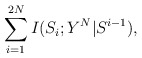
\begin{align*}\sum_{i=1}^{2N} I(S_i;Y^N|S^{i-1}),\end{align*}